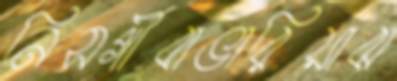
নিসর্গীবাভারিয়াঝ